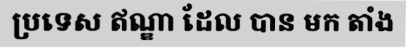
ប្រទេស ឥណ្ឌា ដែល បាន មក តាំង